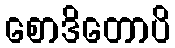
စောဒိတောပိ